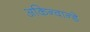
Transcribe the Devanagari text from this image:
अकिन्वान्डे